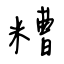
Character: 糟